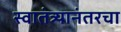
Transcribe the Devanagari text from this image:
स्वातंत्र्यानंतरचा